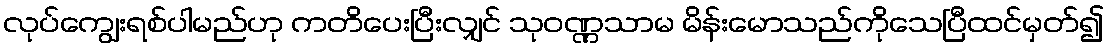
လုပ်ကျွေးရစ်ပါမည်ဟု ကတိပေးပြီးလျှင် သုဝဏ္ဏသာမ မိန်းမောသည်ကိုသေပြီထင်မှတ်၍